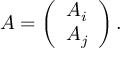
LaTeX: A = \left( \begin{array} { c } { { A _ { i } } } \\ { { A _ { j } } } \end{array} \right) .